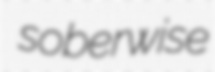
soberwise